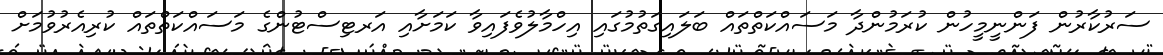
ސަރުކާރުން ފަންނީމީހުން ކުރަމުންދާ މަސައްކަތްތައް ބަލައިގަތުމުގައި އިހްމާލުވެފައިވާ ކަަމަށާއި އަރޓިސްޓުންގެ މަސައްކަތްތައް ކުރިއެރުވުމަށް